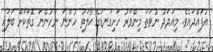
އުފައްދައެވެ. މިއަދަދު ނުވަތަ މިންވަރު ހަށިގަނޑުގެ ޙާލަތު ހުންނަ ނުހުންނަ ގޮތަކަށް ބަލައި